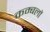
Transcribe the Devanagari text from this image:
कम्बलों